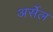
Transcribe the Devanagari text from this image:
अर्सेल